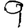
Digit: 9